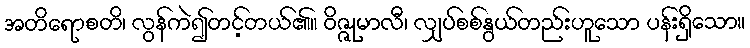
အတိရောစတိ၊ လွန်ကဲ၍တင့်တယ်၏။ ဝိဇ္ဇုမာလီ၊ လျှပ်စစ်နွယ်တည်းဟူသော ပန်းရှိသော။